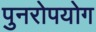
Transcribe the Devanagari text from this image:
पुनरोपयोग